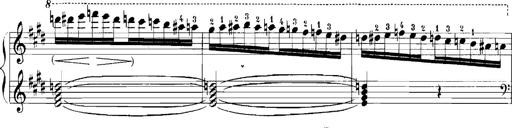
Title: Rhapsodies hongroises
Composer: Franz Liszt